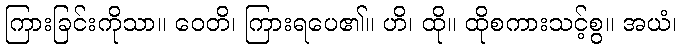
ကြားခြင်းကိုသာ။ ဝေတိ၊ ကြားရပေ၏။ ဟိ၊ ထို။ ထိုစကားသင့်စွ။ အယံ၊